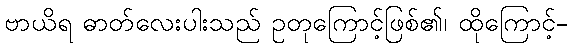
ဗာယိရ ဓာတ်လေးပါးသည် ဥတုကြောင့်ဖြစ်၏၊ ထိုကြောင့်-